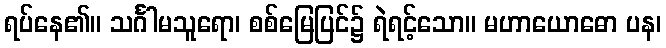
ရပ်နေ၏။ သင်္ဂါမသူရော၊ စစ်မြေပြင်၌ ရဲရင့်သော။ မဟာယောဓော ပန၊